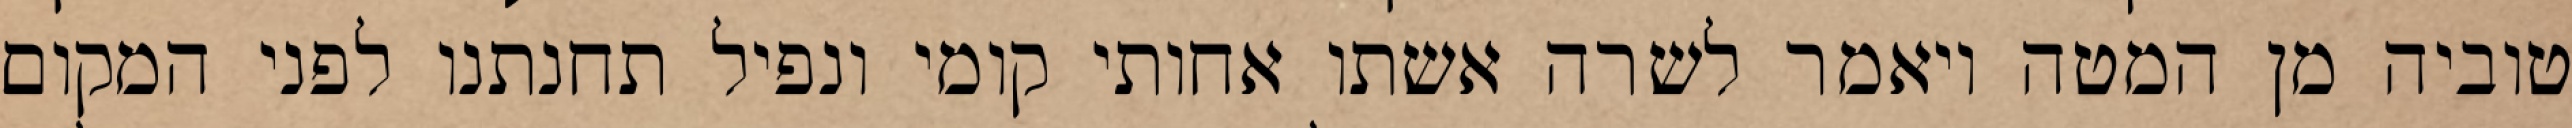
טוביה מן המטה ויאמר לשרה אשתו אחותי קומי ונפיל תחנתנו לפני המקום